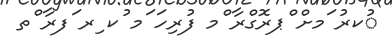
ުކރު ަމށް ްޕރޮގްރާ ްމ ފުރިހަ ަމ ުކ ިރ ަފރާ ްތ